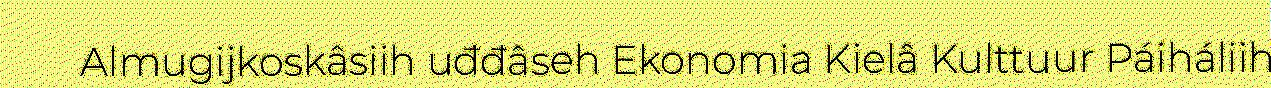
Almugijkoskâsiih uđđâseh Ekonomia Kielâ Kulttuur Páiháliih